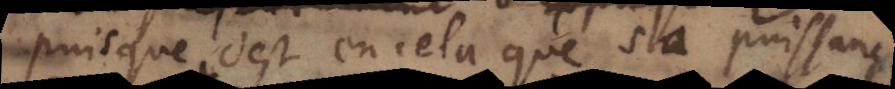
puisque c’est en cela que sa puissance